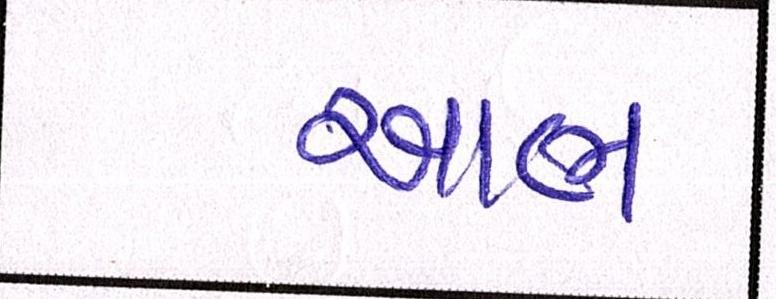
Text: આભ